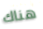
هناك